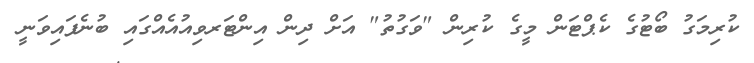
ކުރިމަގު ބޯޓުގެ ކެޕްޓަން މީގެ ކުރިން "ވަގުތު" އަށް ދިން އިންޓަރވިއުއެއްގައި ބުނެފައިވަނީ